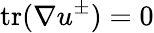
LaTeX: \mathrm{tr}(\nabla u^{\pm})=0